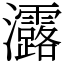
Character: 𤅟